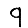
Digit: 9